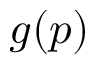
g ( p )